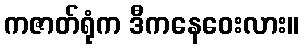
ကဇာတ်ရုံက ဒီကနေဝေးလား။